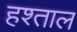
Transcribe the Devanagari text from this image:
हश्ताल